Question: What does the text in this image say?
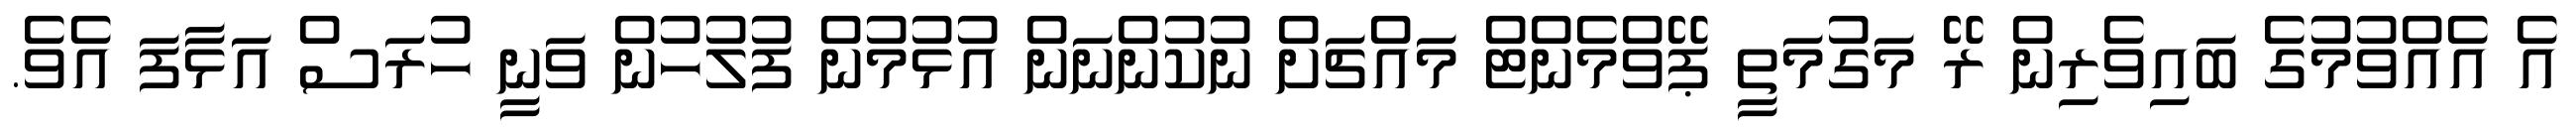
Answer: އެ އެއްވުމުގެ ބައިވެރިން ރޭ މަގުމަތީ ޕޭވްމެންޓް މައްޗަށް ނުކުންނަން އުޅުމުން ފުލުހުން ވަނީ ހުރަސް އަޅާފަ އެވެ.